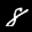
Label: 8